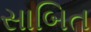
સાબિત